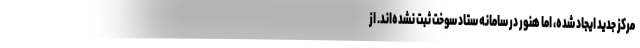
مرکز جدید ایجاد شده، اما هنور در سامانه ستاد سوخت ثبت نشده‌اند. از